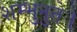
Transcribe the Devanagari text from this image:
शम्भुनुते।